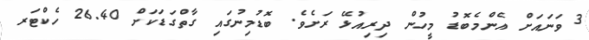
3 ވަނައަށް އެންމެބޮޑު މީހުން ދިރިއުޅޭ ރަށެވެ. ބޮޑުމިނުގައި ގާތްގަޑަކަށް 26.40 ހެކްޓަރ